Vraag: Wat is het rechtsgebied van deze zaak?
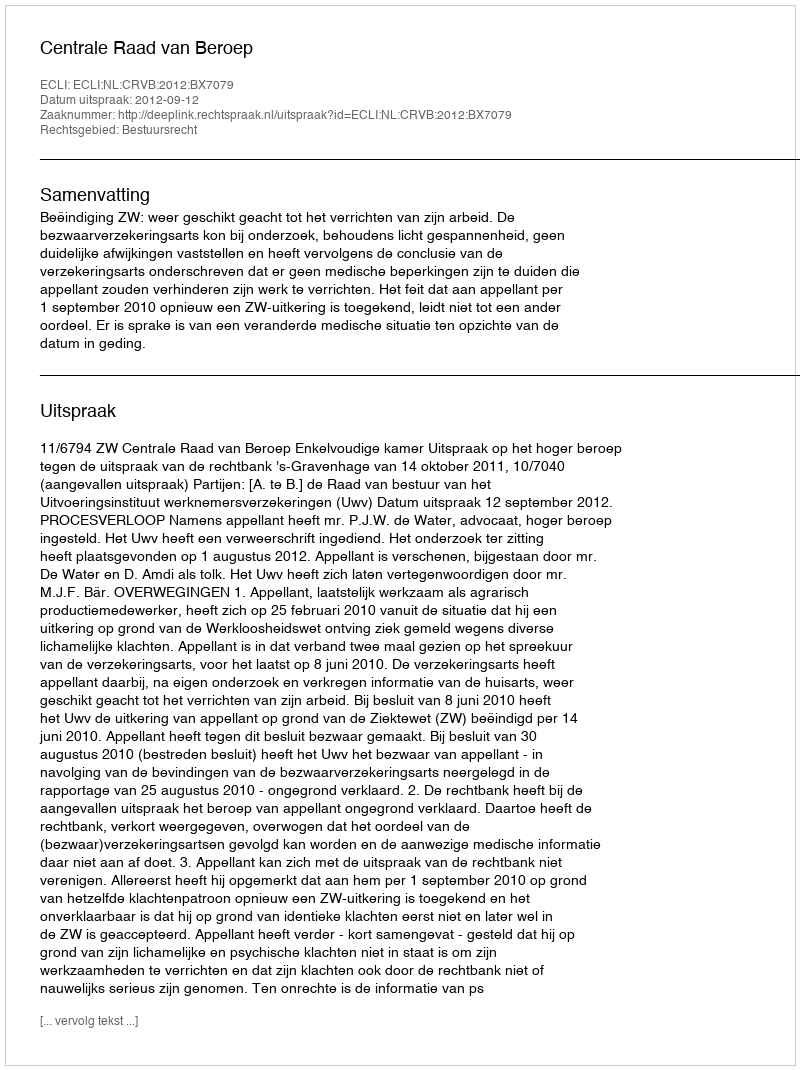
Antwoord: Bestuursrecht